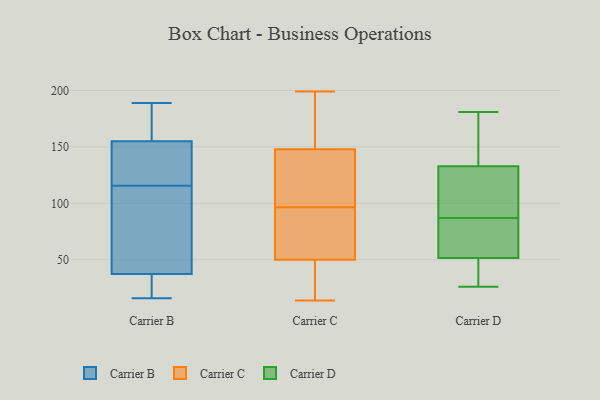
{"axis": {"x": "Revenue (USD Million)", "y": "Value"}, "legend": ["Carrier B", "Carrier C", "Carrier D"], "data": [{"x": "", "y": 109, "type": "Carrier B"}, {"x": "", "y": 127, "type": "Carrier B"}, {"x": "", "y": 143, "type": "Carrier B"}, {"x": "", "y": 17, "type": "Carrier B"}, {"x": "", "y": 46, "type": "Carrier B"}, {"x": "", "y": 167, "type": "Carrier B"}, {"x": "", "y": 113, "type": "Carrier B"}, {"x": "", "y": 118, "type": "Carrier B"}, {"x": "", "y": 29, "type": "Carrier B"}, {"x": "", "y": 16, "type": "Carrier B"}, {"x": "", "y": 128, "type": "Carrier B"}, {"x": "", "y": 189, "type": "Carrier B"}, {"x": "", "y": 173, "type": "Carrier B"}, {"x": "", "y": 167, "type": "Carrier B"}, {"x": "", "y": 73, "type": "Carrier B"}, {"x": "", "y": 19, "type": "Carrier B"}, {"x": "", "y": 154, "type": "Carrier C"}, {"x": "", "y": 48, "type": "Carrier C"}, {"x": "", "y": 148, "type": "Carrier C"}, {"x": "", "y": 50, "type": "Carrier C"}, {"x": "", "y": 113, "type": "Carrier C"}, {"x": "", "y": 97, "type": "Carrier C"}, {"x": "", "y": 105, "type": "Carrier C"}, {"x": "", "y": 199, "type": "Carrier C"}, {"x": "", "y": 33, "type": "Carrier C"}, {"x": "", "y": 14, "type": "Carrier C"}, {"x": "", "y": 122, "type": "Carrier C"}, {"x": "", "y": 77, "type": "Carrier C"}, {"x": "", "y": 69, "type": "Carrier C"}, {"x": "", "y": 34, "type": "Carrier C"}, {"x": "", "y": 96, "type": "Carrier C"}, {"x": "", "y": 172, "type": "Carrier C"}, {"x": "", "y": 85, "type": "Carrier C"}, {"x": "", "y": 160, "type": "Carrier C"}, {"x": "", "y": 37, "type": "Carrier D"}, {"x": "", "y": 46, "type": "Carrier D"}, {"x": "", "y": 87, "type": "Carrier D"}, {"x": "", "y": 94, "type": "Carrier D"}, {"x": "", "y": 80, "type": "Carrier D"}, {"x": "", "y": 56, "type": "Carrier D"}, {"x": "", "y": 137, "type": "Carrier D"}, {"x": "", "y": 85, "type": "Carrier D"}, {"x": "", "y": 155, "type": "Carrier D"}, {"x": "", "y": 87, "type": "Carrier D"}, {"x": "", "y": 114, "type": "Carrier D"}, {"x": "", "y": 123, "type": "Carrier D"}, {"x": "", "y": 136, "type": "Carrier D"}, {"x": "", "y": 59, "type": "Carrier D"}, {"x": "", "y": 50, "type": "Carrier D"}, {"x": "", "y": 181, "type": "Carrier D"}, {"x": "", "y": 26, "type": "Carrier D"}, {"x": "", "y": 39, "type": "Carrier D"}, {"x": "", "y": 174, "type": "Carrier D"}]}